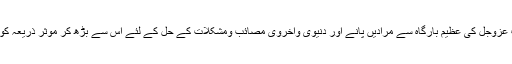
اپنے رب عَزَّوَجَلَّ کی عظیم بارگاہ سے مُرادیں پانے اور دنیوی واُخروی مصائب ومشکلات کے حل کے لئے اس سے بڑھ کر مؤثر ذریعہ کوئی نہیں ۔